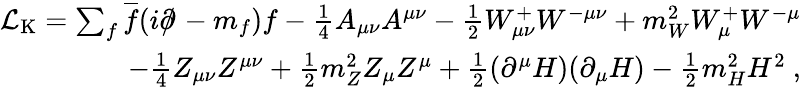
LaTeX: \begin{array}{r}{{\mathcal{L}}_{\mathrm{K}}=\sum_{f}{\overline{{f}}}(i\partial\! \! \! /\! \; -m_{f})f-{\frac{1}{4}}A_{\mu\nu}A^{\mu\nu}-{\frac{1}{2}}W_{\mu\nu}^{+}W^{-\mu\nu}+m_{W}^{2}W_{\mu}^{+}W^{-\mu}}\\ {\qquad-{\frac{1}{4}}Z_{\mu\nu}Z^{\mu\nu}+{\frac{1}{2}}m_{Z}^{2}Z_{\mu}Z^{\mu}+{\frac{1}{2}}(\partial^{\mu}H)(\partial_{\mu}H)-{\frac{1}{2}}m_{H}^{2}H^{2}~,}\end{array}